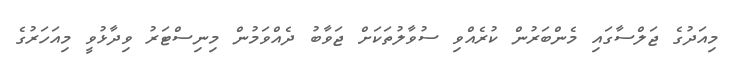
މިއަދުގެ ޖަލްސާގައި މެންބަރުން ކުރެއްވި ސުވާލުތަކަށް ޖަވާބު ދެއްވަމުން މިނިސްޓަރު ވިދާޅުވީ މިއަހަރުގެ